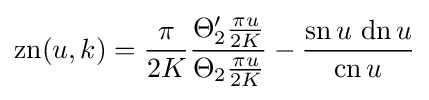
\operatorname {zn} (u,k)={\frac {\pi }{2K}}{\frac {\Theta _{2}'{\frac {\pi u}{2K}}}{\Theta _{2}{\frac {\pi u}{2K}}}}-{\frac {\operatorname {sn} {u}\,\operatorname {dn} {u}}{\operatorname {cn} {u}}}